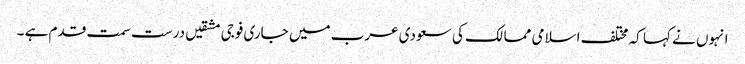
انہوں نے کہا کہ مختلف اسلامی ممالک کی سعودی عرب میں جاری فوجی مشقیں درست سمت قدم ہے ۔